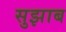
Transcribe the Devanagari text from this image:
सुझाब